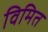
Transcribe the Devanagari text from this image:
विमित